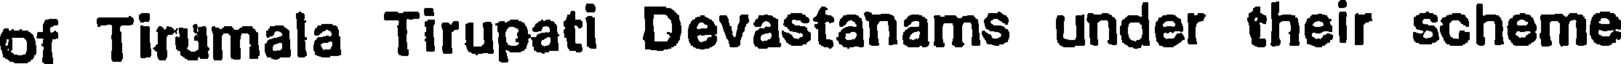
of Tirumala Tirupati Devastanams under their scheme